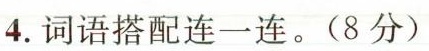
4.词语搭配连一连。(8分)